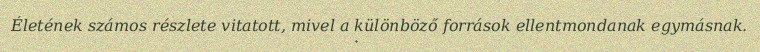
Életének számos részlete vitatott, mivel a különböző források ellentmondanak egymásnak.